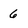
Character: 6